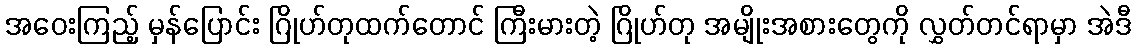
အဝေးကြည့် မှန်ပြောင်း ဂြိုဟ်တုထက်တောင် ကြီးမားတဲ့ ဂြိုဟ်တု အမျိုးအစားတွေကို လွှတ်တင်ရာမှာ အဲဒီ